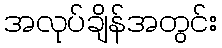
အလုပ်ချိန်အတွင်း